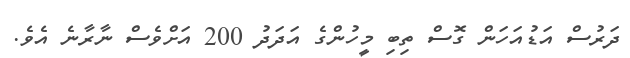
ދަރުސް އަޑުއަހަން ގޮސް ތިބި މީހުންގެ އަދަދު 200 އަށްވެސް ނާރާނެ އެވެ.